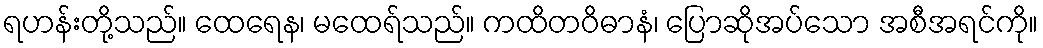
ရဟန်းတို့သည်။ ထေရေန၊ မထေရ်သည်။ ကထိတဝိဓာနံ၊ ပြောဆိုအပ်သော အစီအရင်ကို။